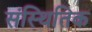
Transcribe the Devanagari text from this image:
संस्थितिक